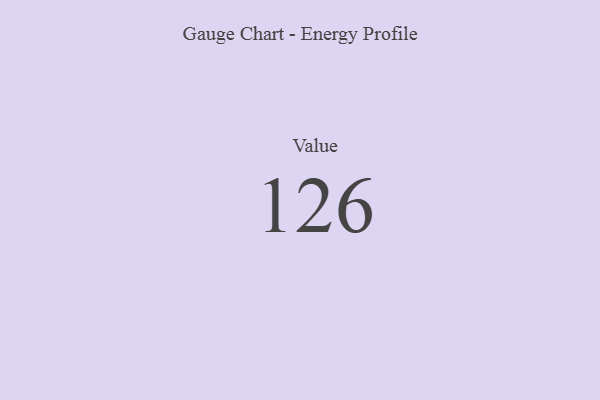
{"axis": {"x": "Metric", "y": "Value"}, "legend": [""], "data": [{"x": "Value", "y": 126, "type": ""}]}